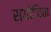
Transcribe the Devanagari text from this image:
सयोजिन